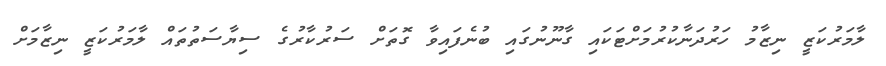
ލާމަރުކަޒީ ނިޒާމު ހަރުދަނާކުރުމަށްޓަކައި ގާނޫނުގައި ބުނެފައިވާ ގޮތަށް ސަރުކާރުގެ ސިޔާސަތުތައް ލާމަރުކަޒީ ނިޒާމަށް